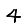
Digit: 4